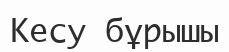
Кесу бұрышы